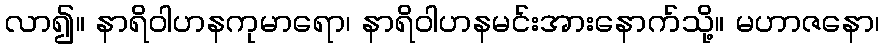
လာ၍။ နာရိဝါဟနကုမာရော၊ နာရိဝါဟနမင်းအားနောက်သို့။ မဟာဇနော၊